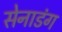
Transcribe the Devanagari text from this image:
सेनाडंग